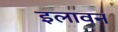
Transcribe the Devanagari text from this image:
इलावन